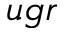
u g r